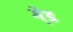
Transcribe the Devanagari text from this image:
गै्ड